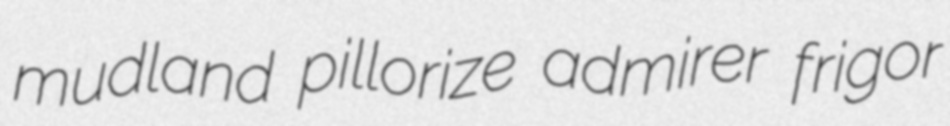
mudland pillorize admirer frigor